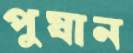
পুষান